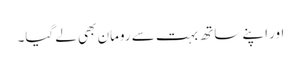
اور اپنے ساتھ بہت سے رومان بھی لے گیا۔